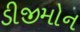
ડીજીમોન